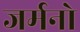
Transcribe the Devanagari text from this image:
जर्मनो